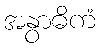
အနွာဓိကံ